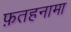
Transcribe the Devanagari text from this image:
फ़तहनामा